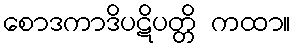
စောဒကာဒိပဋိပတ္တိ ကထာ။